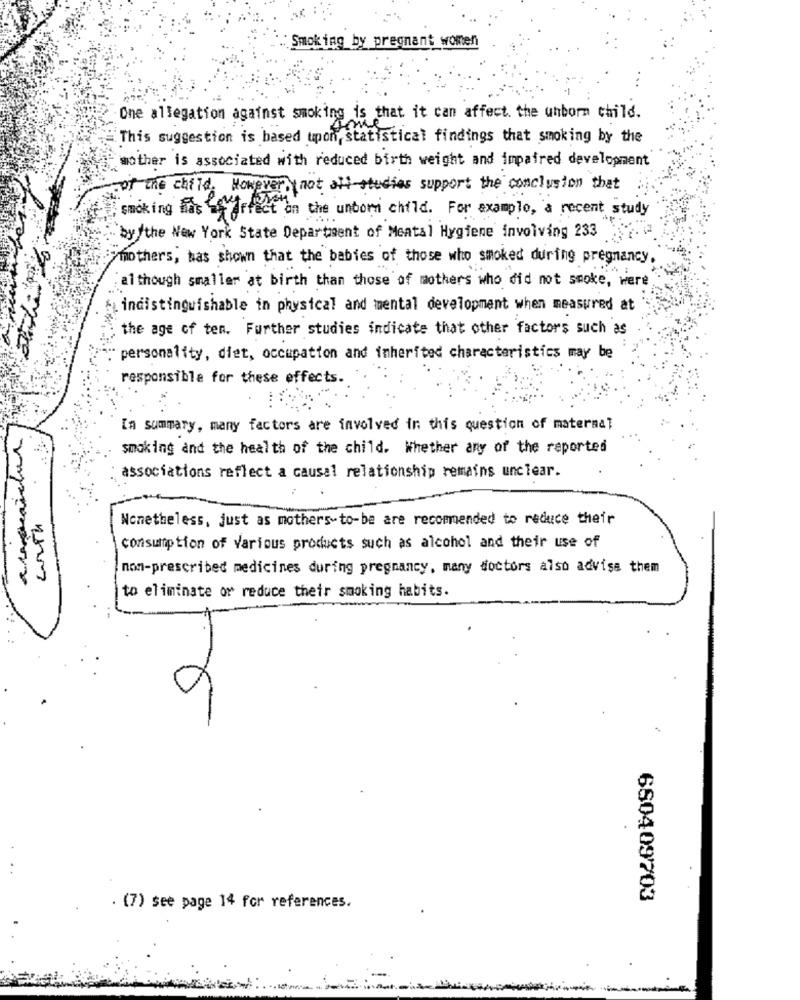
Smoking by pregnant women
One allegation against smoking is that it can affect. the unborn child.
This suggestion is based upon,statistical findings that smoking by the
mother is associated with reduced birth weight and impaired development
of the child. However, not all studies support the conclusion that
, smoking hias Lfffect on the unborn child. For example, a recent study
by the New York State Department of Mental Hygiene involving 233
mother's, has shown that the babies of those who smoked during pregnancy
although smaller at birth than those of mothers who did not smoke, were
indistinguishable in physical and mental development when measured at
the age of ten. Further studies indicate that other factors such as
personality, diet, occupation and inherited characteristics may be
responsible for these effects.
[a summary, many factors are involved in this question of maternal
smoking and the health of the child. Whether any of the reported
associations reflect a causal relationship remains unclear.
Nonetheless, just as mothers-to-be are recommended to reduce their
consumption of Various products such as alcohol and their use of
non-prescribed medicines during pregnancy, many doctors also advise them
to eliminate or reduce their smoking habits.
1
680409703
. (7) see page 14 for references.